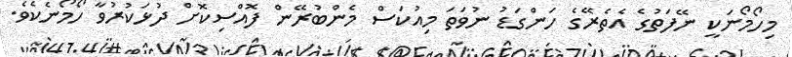
މިހޯމޯނަކީ ނޭފަތުގެ އެތެރޭގެ ހަންގަޑު ނުވަތަ މިއުކަސް މެންބުރޭން ފޮއްސިކޮށް ދުޅަކުރުވާ ހޯމޯނެކެވެ.